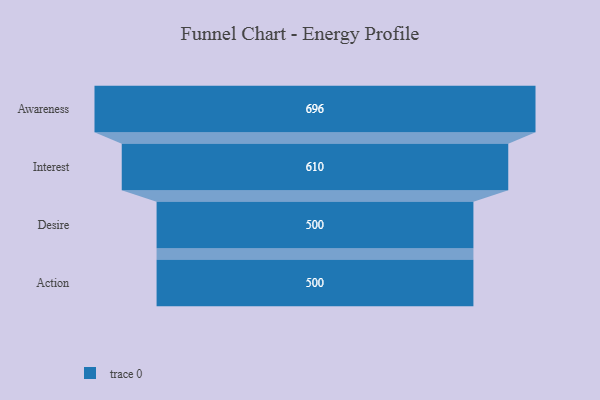
{"axis": {"x": "Stage", "y": "Value"}, "legend": [""], "data": [{"x": "Awareness", "y": 696.0, "type": ""}, {"x": "Interest", "y": 610.0, "type": ""}, {"x": "Desire", "y": 500, "type": ""}, {"x": "Action", "y": 500, "type": ""}]}